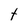
Character: t